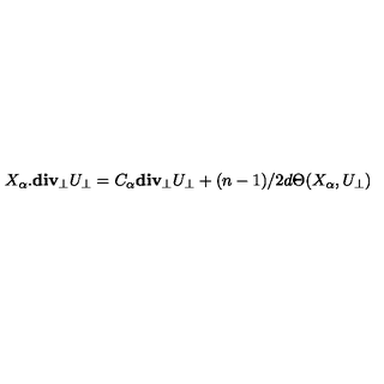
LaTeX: X _ { \alpha } . { \bf d i v _ { \perp } } U _ { \perp } = C _ { \alpha } { \bf d i v _ { \perp } } U _ { \perp } + ( n - 1 ) / 2 d \Theta ( X _ { \alpha } , U _ { \perp } )